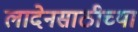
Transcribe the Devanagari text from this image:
लादेनसाठीच्या